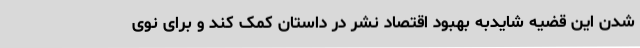
شدن این قضیه شایدبه بهبود اقتصاد نشر در داستان کمک کند و برای نوی